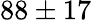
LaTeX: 88\pm 17